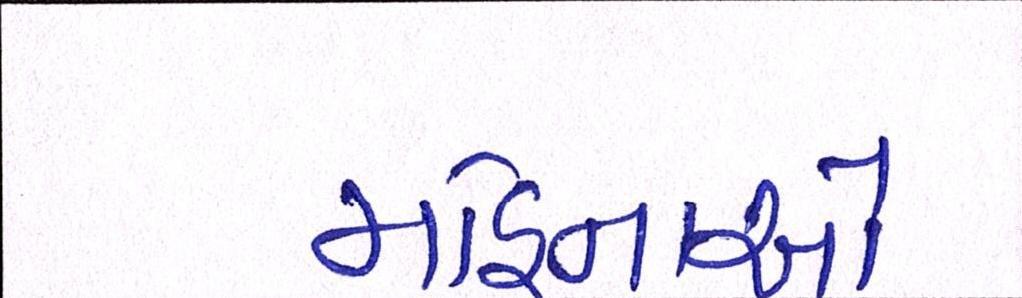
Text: મહિનાઓ